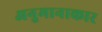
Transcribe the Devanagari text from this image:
अनुमानाकार